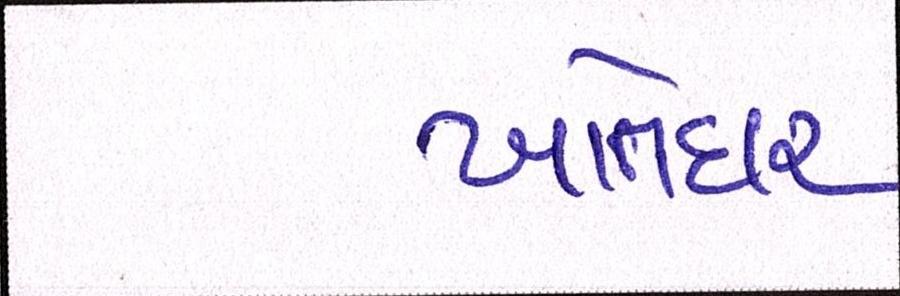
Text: ખાતેદાર